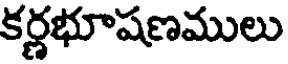
కర్ణభూషణములు